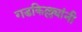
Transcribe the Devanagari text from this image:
गडकिल्ल्यांनी